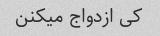
کی ازدواج میکنن